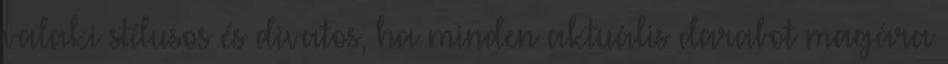
valaki stílusos és divatos, ha minden aktuális darabot magára